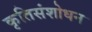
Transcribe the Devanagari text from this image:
कृतिसंशोधन